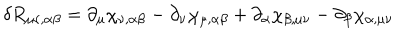
\delta R _ { \mu \nu , \alpha \beta } = \partial _ { \mu } \chi _ { \nu , \alpha \beta } - \partial _ { \nu } \chi _ { \mu , \alpha \beta } + \partial _ { \alpha } \chi _ { \beta , \mu \nu } - \partial _ { \beta } \chi _ { \alpha , \mu \nu }